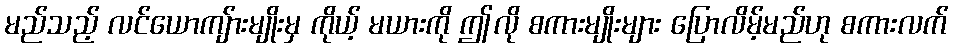
မည်သည့် လင်ယောကျ်ားမျိုးမှ ကိုယ့် မယားကို ဤလို စကားမျိုးများ ပြောလိမ့်မည်ဟု စကားလက်